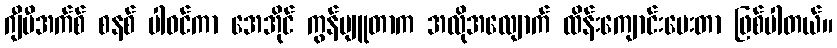
ဂျီပီအက်စ် စနစ် ပါဝင်ကာ အေအိုင် ကွန်ပျူတာက အလိုအလျောက် ထိန်းကျောင်းပေးတာ ဖြစ်ပါတယ်။